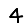
Digit: 4